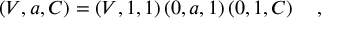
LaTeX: \left( V , a , C \right) = \left( V , 1 , 1 \right) \left( 0 , a , 1 \right) \left( 0 , 1 , C \right) \quad ,